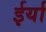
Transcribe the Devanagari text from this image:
ईर्या